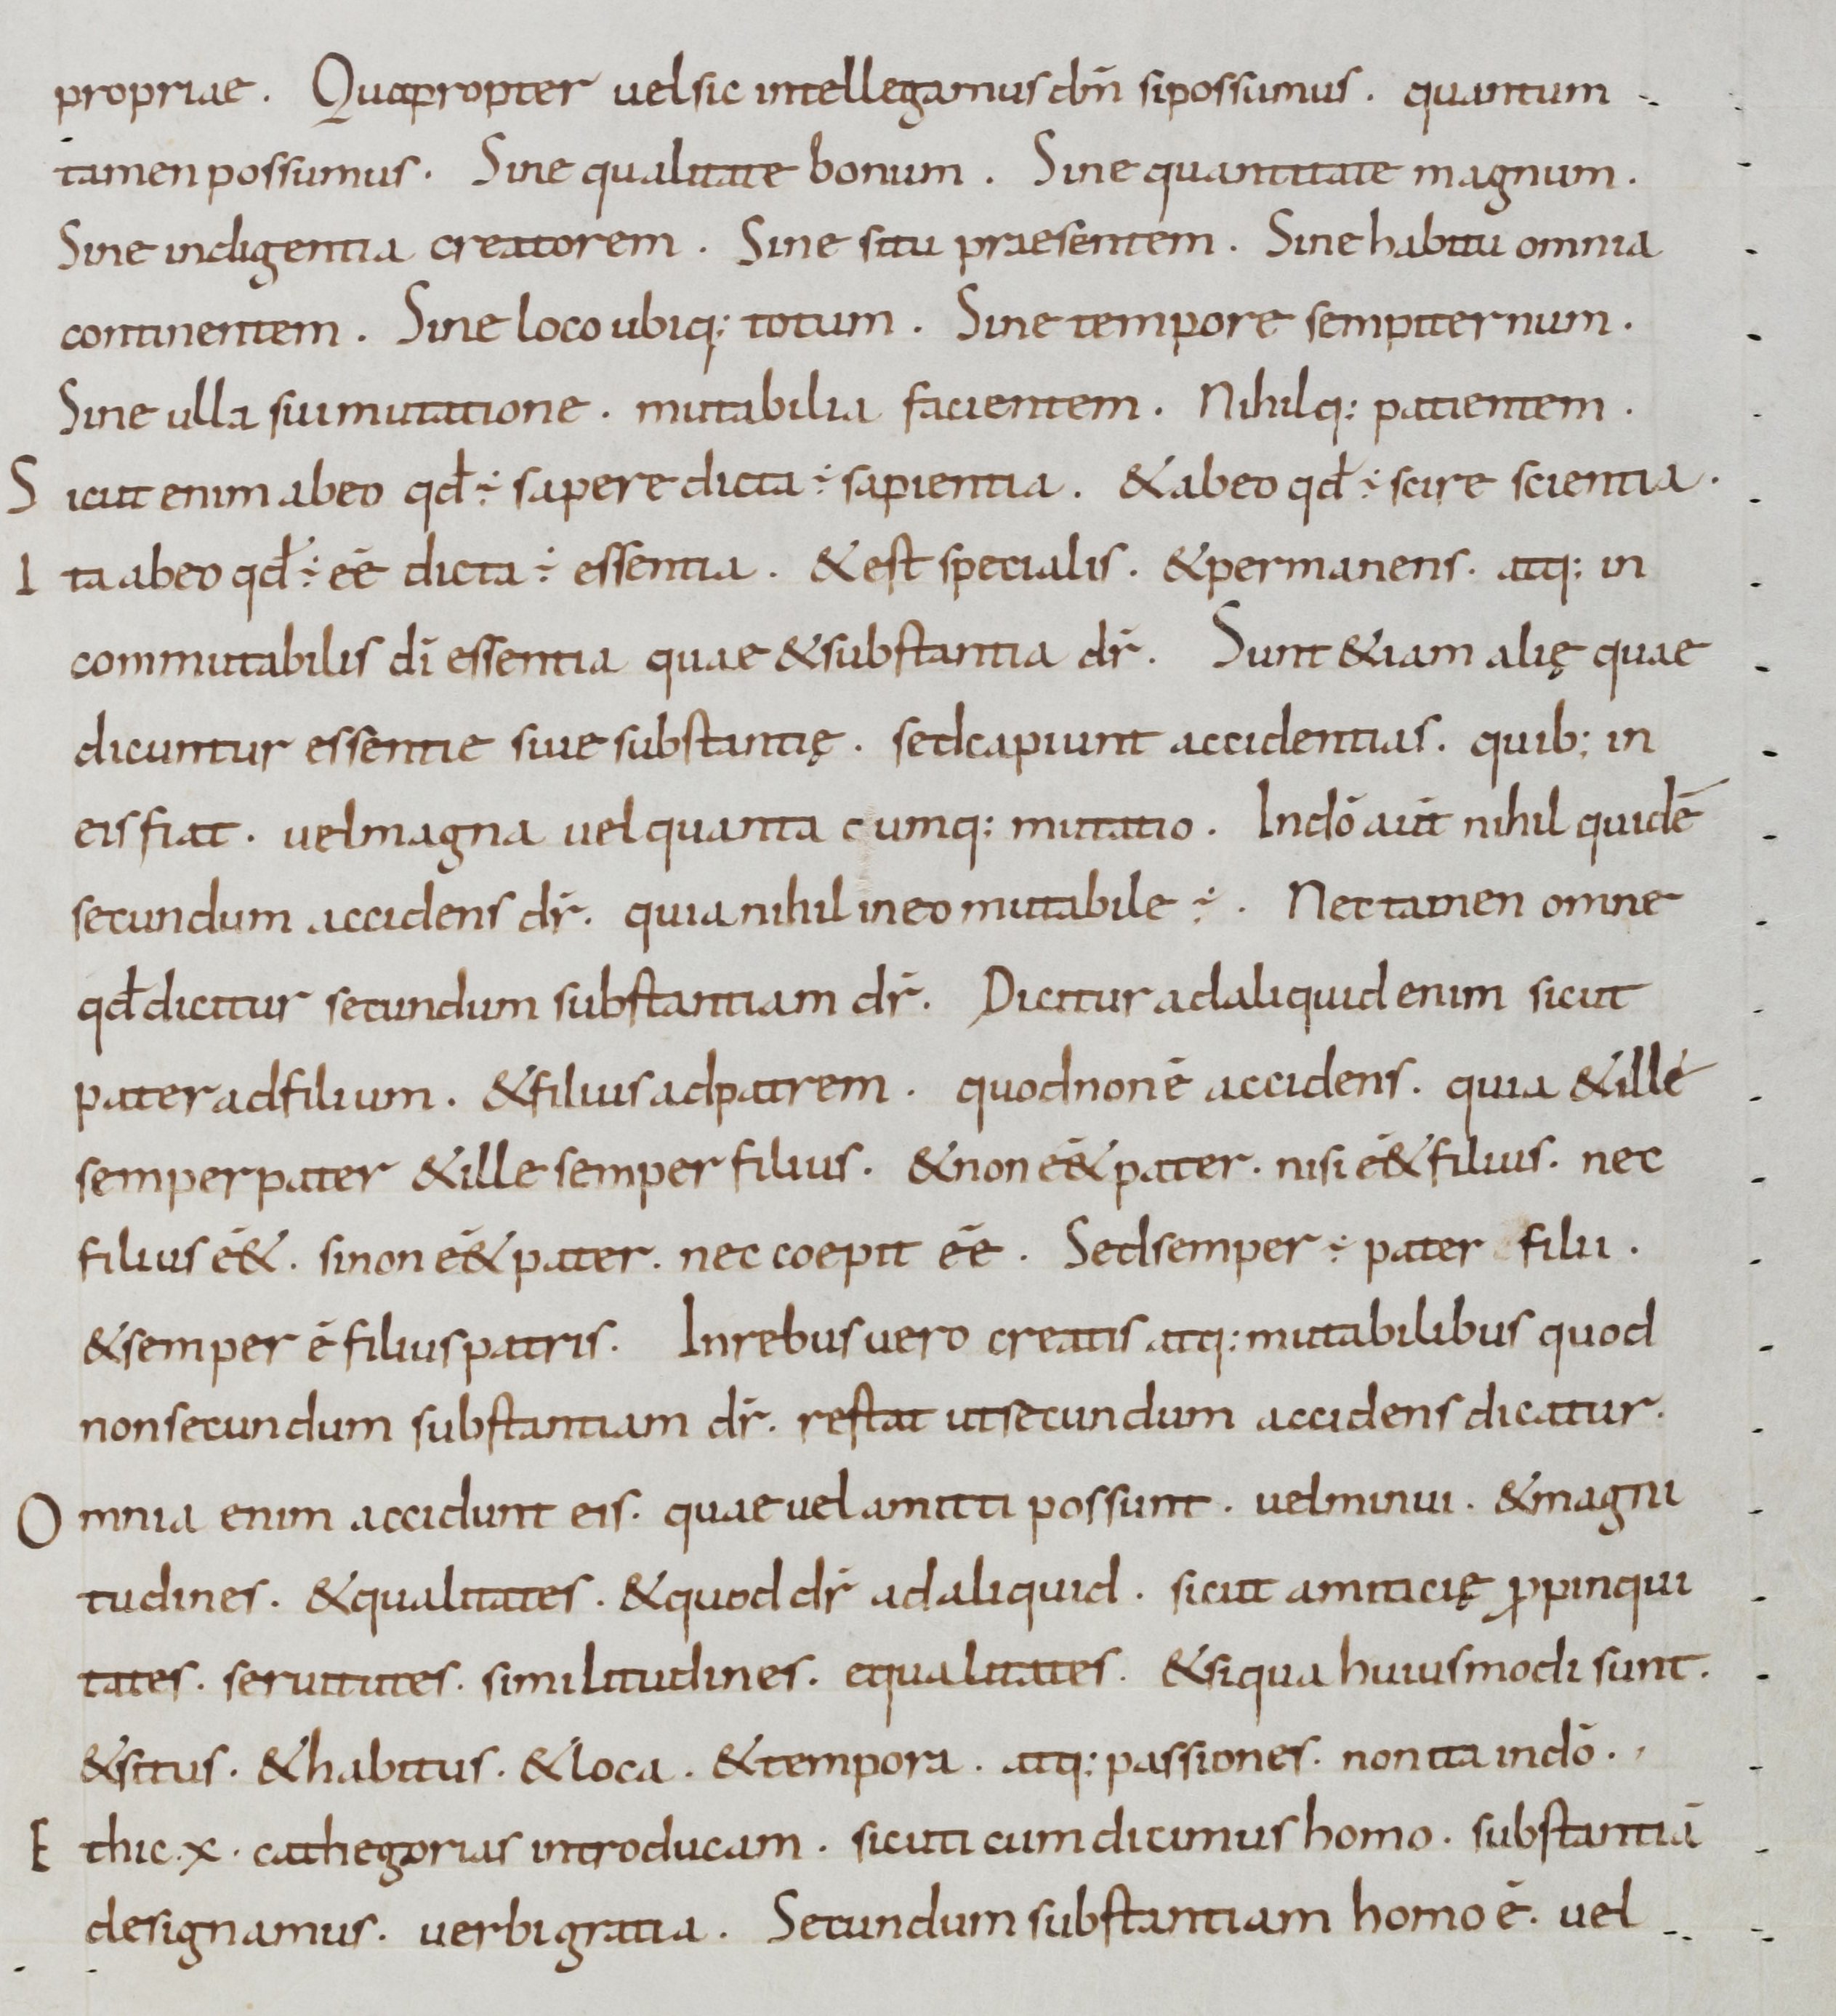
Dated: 900–999